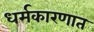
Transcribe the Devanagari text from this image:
धर्मकारणात